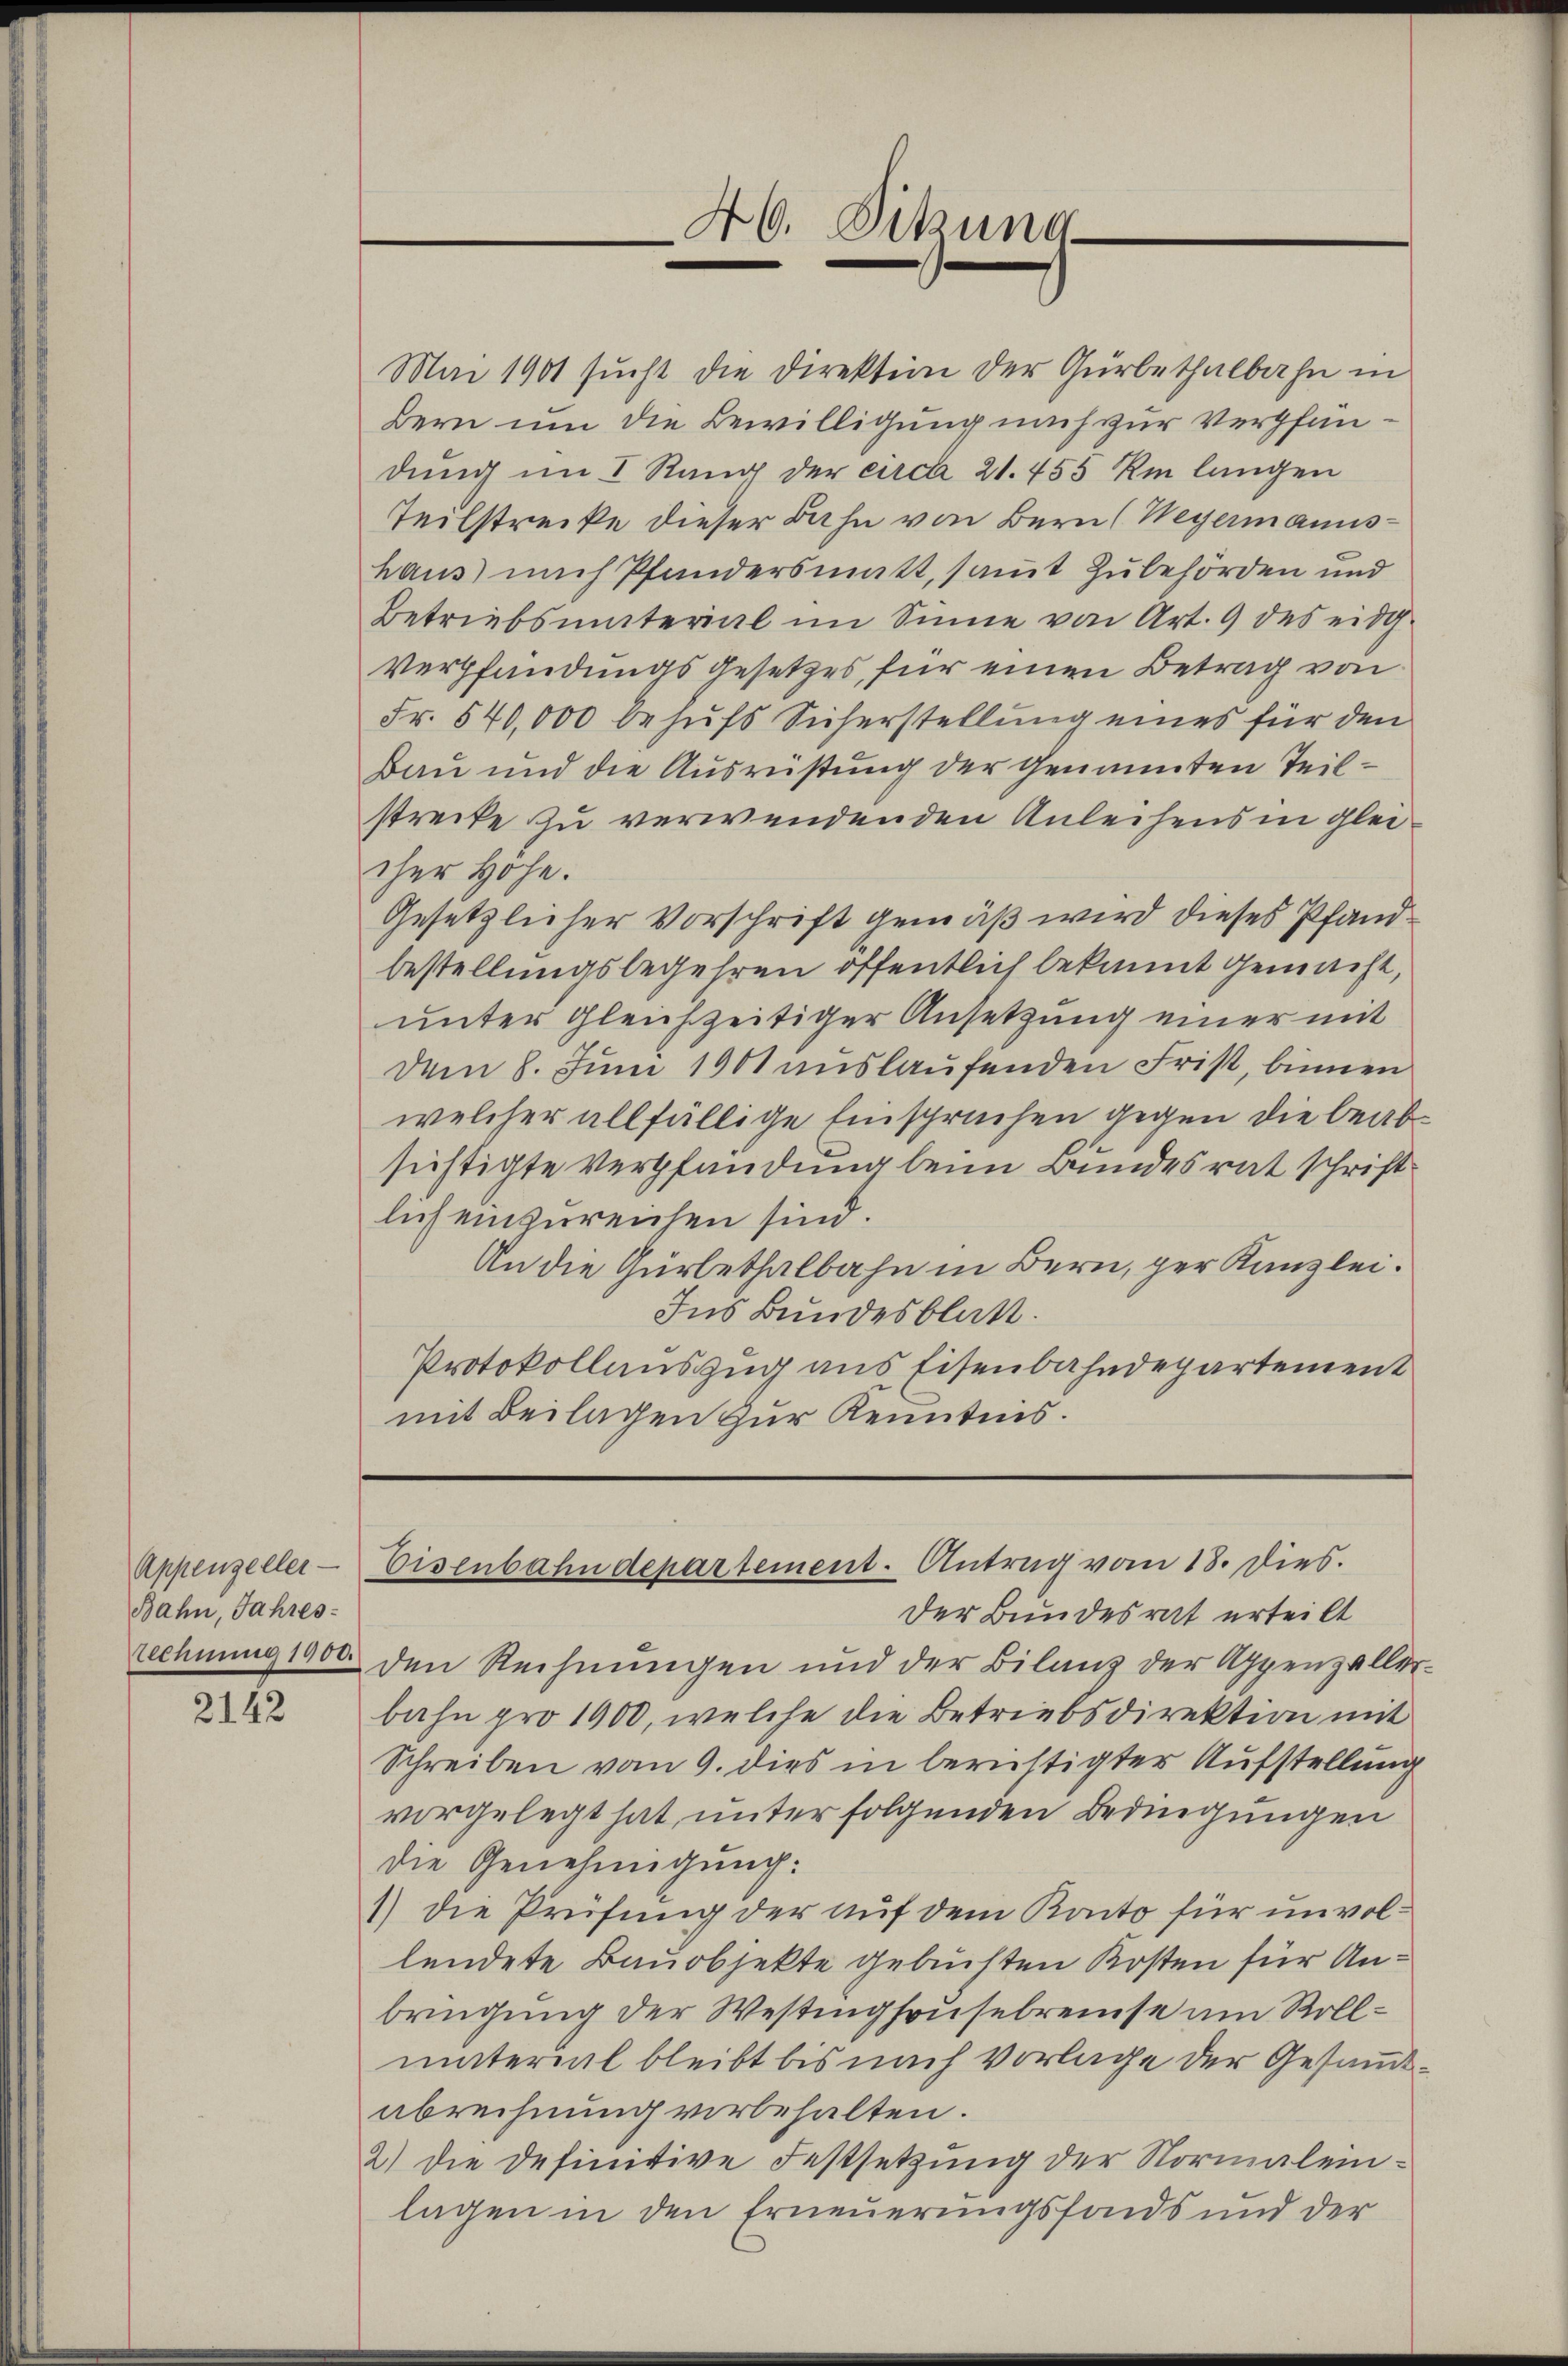
Bahn, Jahres-
Elehnung 1900.

2142

Mai 1901 sucht die Direktion der Gürbethalbahn in
Bern um die Bewilligung nach zur Verpfan
dung im I Rang der circa 21. 455 km langen
Teilstrecke dieser Bahn von Bern (Weyermannshaus nach Pfandersmatt, samt Zubehörden und
Betriebsmaterial im Sinne von Art. 9 des eidg.
Verpfändungsgesetzes, für einen Betrag von
Fr. 540,000 behufs Sicherstellung eines für den
Bau und die Ausrüstung der Genannten Teil-
strecke zu verwendenden Anleihens in gleicher Höhe.
Gesetzlicher Vorschrift gemäß wird dieses Pfandbestellungsbegehren öffentlich bekannt gemacht,
unter gleichzeitiger Ansetzung einer mit
dem 8. Juni 1901 auslaufenden Frist, binnen
welcher allfällige Einspruchen gegen die beabsichtigte Verpfandung beim Bundesrat schriftlich einzureichen sind.
An die Gürbethalbahn in Bern, per Kanzlei.
Ins Bundesblatt.
Protokollauszug aus Eisenbahndepartement
mit Beilagen zur Kenntnis.

46. Sitzung

Appenzeller-Eisenbahndepartement. Antrag vom 18. Dies

Der Bundesrat erteilt
den Rechnungen und der Bilanz der Appenzellerbahn pro 1900, welche die Betriebsdirektion mit
Schreiben vom 9. dies in berichtigter Aufstellung
vorgelegt hat unter folgenden Bedingungen
die Genehmigung:
1) die Prüfung der auf dem Konto für unvollendete Bauobjekte gebuchten Kosten für Anbringung der Westinghausebreise am Rollmaterial bleibt bis nach Vorlage der Gesammtabrechnung vorbehalten.
2) die definitive Festsetzung der Normaleinlagen in den Erneuerungsfonds und der